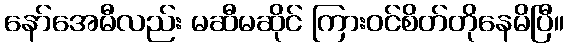
နော်အေမီလည်း မဆီမဆိုင် ကြားဝင်စိတ်တိုနေမိပြီ။